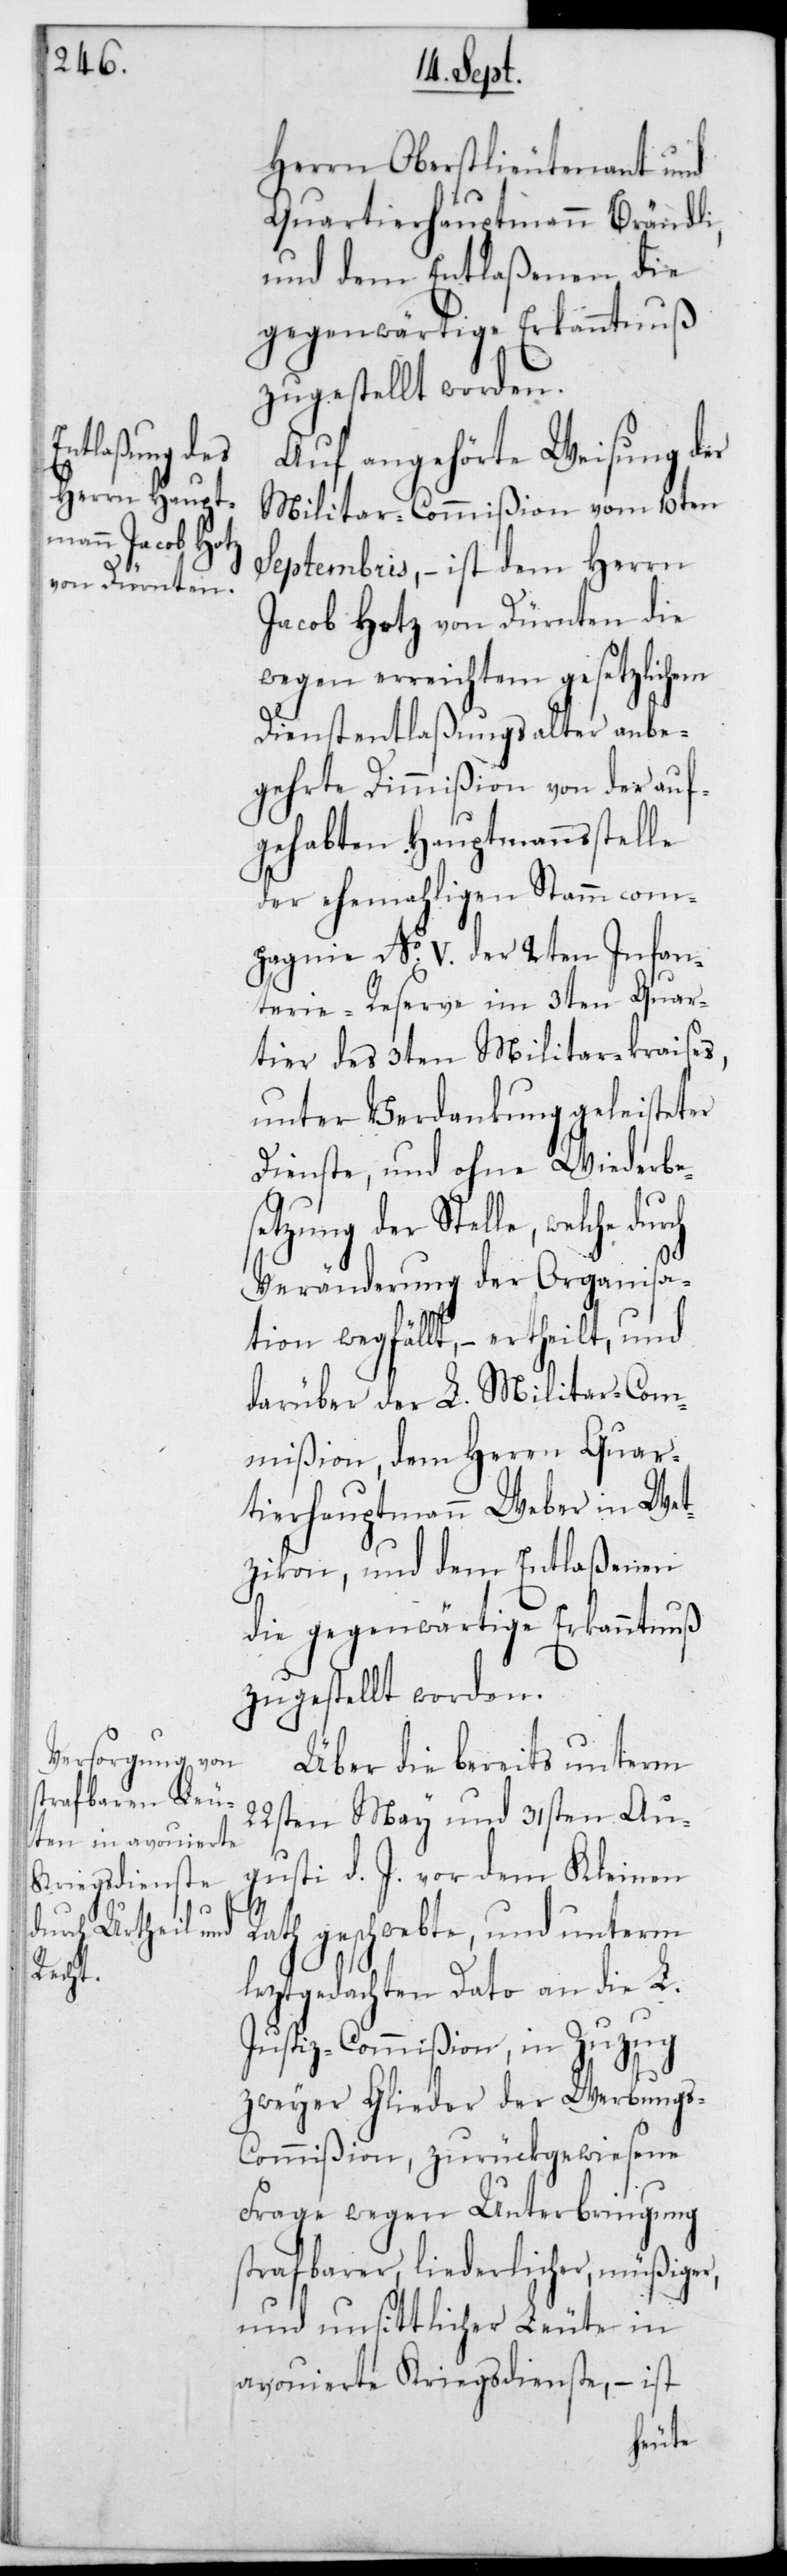
rch

Herrn Oberstlieutenant und
Quartierhauptmann Brändli,
und dem Entlaßenen die
gegenwärtige Erkanntnuß
zugestellt worden.
Auf angehörte Weisung der
Militar-Commißion vom 10ten
Septembris, – ist dem Herrn
Jacob Hotz von Dürnten die
wegen erreichtem gesetzlichem
Dienstentlaßungsalter anbe¬
gehrte Dimmißion von der auf¬
gehabten Hauptmannsstelle
der ehemahligen Stammcom¬
pagnie No V der 2ten Infan¬
terie-Reserve im 3ten Quar¬
tier des 3ten Militar-Kraises,
unter Verdankung geleisteter
Dienste, und ohne Wiederbes¬
etzung der Stelle, welche du¬
Veränderung der Organisa¬
tion wegfällt, – ertheilt, und
darüber der L. Militar-Com¬
mißion, dem Herrn Quar¬
tierhauptmann Weber in Wet¬
zikon, und dem Entlaßenen
die gegenwärtige Erkanntnuß
zugestellt worden.
Über die bereits unterm
22sten May und 31sten Au¬
gusti d. J. vor dem Kleinen
Rath geschwebte, und unterm
leztgedachten Dato an die L.
Justiz-Commißion, in Zuzug
zweyer Glieder der Werbung¬
s-Commißion, zurückgewiesene
Frage wegen Unterbringung
strafbarer, liederlicher, müßiger
und unsittlicher Leute in
avouierte Kriegsdienste, – ist